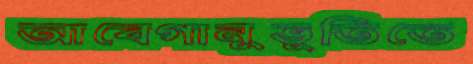
আবেগানুভূতিতে